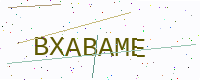
Text: BXABAME